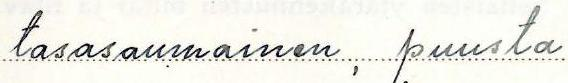
tasasaumainen, puusta